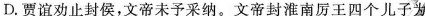
D.贾谊劝止封侯,文帝未予采纠”文帝封淮南厉王四个儿子为